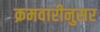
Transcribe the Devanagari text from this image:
क्रमवारीनुसर